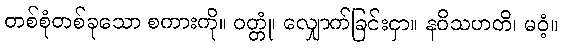
တစ်စုံတစ်ခုသော စကားကို။ ဝတ္တုံ၊ လျှောက်ခြင်းငှာ။ နဝိသဟတိ၊ မဝံ့။